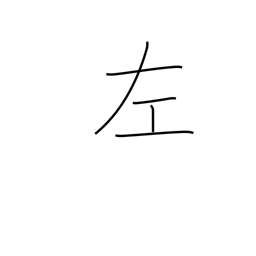
Meaning: left